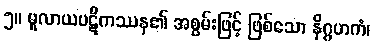
၅။ မူလာယပဋိကဿန၏ အစွမ်းဖြင့် ဖြစ်သော နိဂ္ဂဟကံ၊